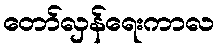
တော်လှန်ရေးကာလ